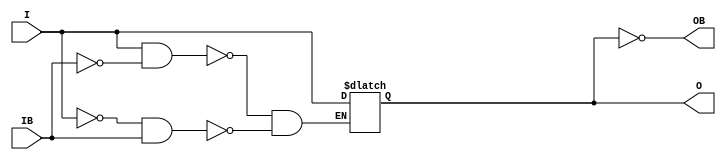
// $Header: /devl/xcs/repo/env/Databases/CAEInterfaces/verunilibs/data/unisims/IBUFGDS_DIFF_OUT.v,v 1.5.158.1 2007/03/09 18:13:04 patrickp Exp $
///////////////////////////////////////////////////////////////////////////////
// Copyright (c) 1995/2004 Xilinx, Inc.
// All Right Reserved.
///////////////////////////////////////////////////////////////////////////////
//   ____  ____
//  /   /\/   /
// /___/  \  /    Vendor : Xilinx
// \   \   \/     Version : 8.1i (I.13)
//  \   \         Description : Xilinx Functional Simulation Library Component
//  /   /                  Differential Signaling Input Clock Buffer with Differential Outputs
// /___/   /\     Filename : IBUFGDS_DIFF_OUT.v
// \   \  /  \    Timestamp : Thu Mar 25 16:42:25 PST 2004
//  \___\/\___\
//
// Revision:
//    03/23/04 - Initial version.
// End Revision

`timescale  100 ps / 10 ps


module IBUFGDS_DIFF_OUT (O, OB, I, IB);

    parameter IOSTANDARD = "LVDS_25";

    output O, OB;

    input  I, IB;

    reg  o_out;

    buf B0 (O, o_out);
    not B1 (OB, o_out);

    always @(I or IB) begin
	if (I == 1'b1 && IB == 1'b0)
	    o_out <= I;
	else if (I == 1'b0 && IB == 1'b1)
	    o_out <= I;
    end


endmodule